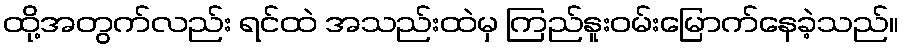
ထို့အတွက်လည်း ရင်ထဲ အသည်းထဲမှ ကြည်နူးဝမ်းမြောက်နေခဲ့သည်။